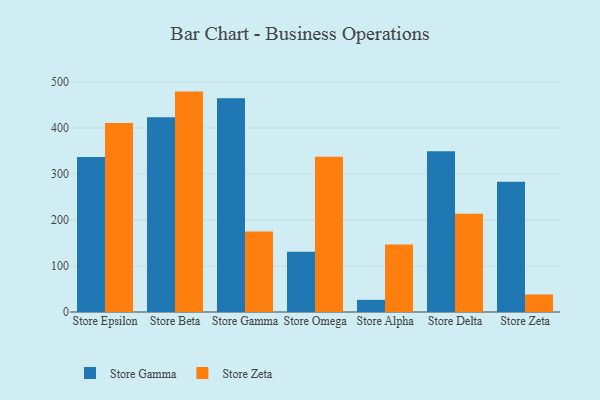
{"axis": {"x": "Store", "y": "Humidity (%)"}, "legend": ["Store Gamma", "Store Zeta"], "data": [{"x": "Store Epsilon", "y": 337.0, "type": "Store Gamma"}, {"x": "Store Epsilon", "y": 410.9, "type": "Store Zeta"}, {"x": "Store Beta", "y": 423.0, "type": "Store Gamma"}, {"x": "Store Beta", "y": 479.0, "type": "Store Zeta"}, {"x": "Store Gamma", "y": 464.4, "type": "Store Gamma"}, {"x": "Store Gamma", "y": 175.1, "type": "Store Zeta"}, {"x": "Store Omega", "y": 130.8, "type": "Store Gamma"}, {"x": "Store Omega", "y": 337.2, "type": "Store Zeta"}, {"x": "Store Alpha", "y": 26.4, "type": "Store Gamma"}, {"x": "Store Alpha", "y": 146.8, "type": "Store Zeta"}, {"x": "Store Delta", "y": 349.2, "type": "Store Gamma"}, {"x": "Store Delta", "y": 213.5, "type": "Store Zeta"}, {"x": "Store Zeta", "y": 283.2, "type": "Store Gamma"}, {"x": "Store Zeta", "y": 38.1, "type": "Store Zeta"}]}